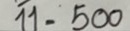
11 = 500